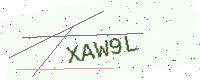
Text: XAW9L